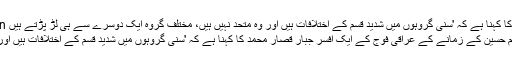
Image caption جبّار قصّار محمد کا کہنا ہے کہ 'سنی گروہوں میں شدید قسم کے اختلافات ہیں اور وہ متحد نہیں ہیں، مختلف گروہ ایک دوسرے سے ہی لڑ پڑتے ہیں
صدام حسین کے زمانے کے عراقی فوج کے ایک افسر جبّار قصّار محمد کا کہنا ہے کہ 'سنی گروہوں میں شدید قسم کے اختلافات ہیں اور وہ متحد نہیں ہیں۔